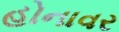
હોનાવર